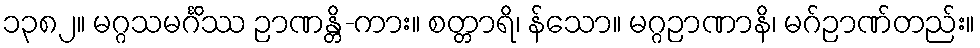
၁၃၈၂။ မဂ္ဂသမင်္ဂိဿ ဉာဏန္တိ-ကား။ စတ္တာရိ၊ န်သော။ မဂ္ဂဉာဏာနိ၊ မဂ်ဉာဏ်တည်း။